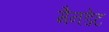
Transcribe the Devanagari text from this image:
मैनडेट